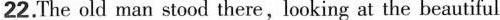
22. The old man stood there , looking at the beautiful